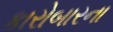
કારોબારના